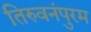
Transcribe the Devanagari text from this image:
तिरुवनंपुरम